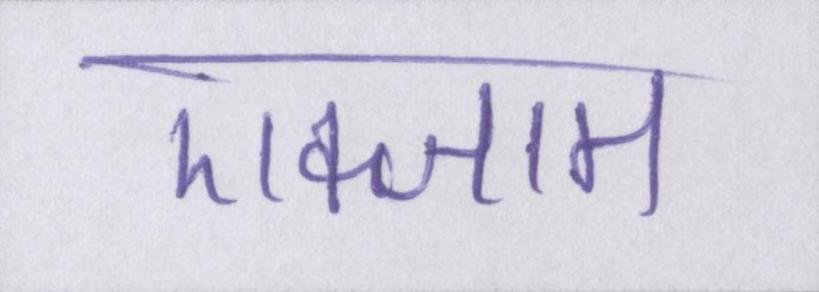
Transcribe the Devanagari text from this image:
एक्जाम